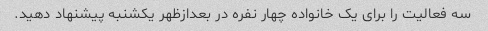
سه فعالیت را برای یک خانواده چهار نفره در بعدازظهر یکشنبه پیشنهاد دهید.